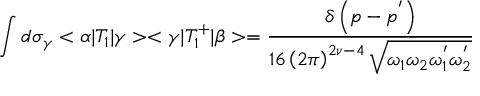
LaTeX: \int d { \sigma } _ { \gamma } < \alpha | T _ { 1 } | \gamma > < \gamma | T _ { 1 } ^ { + } | \beta > = \frac { \delta \left( p - p ^ { ' } \right) } { 1 6 \left( 2 \pi \right) ^ { 2 \nu - 4 } \sqrt { { \omega } _ { 1 } { \omega } _ { 2 } { \omega } _ { 1 } ^ { ' } { \omega } _ { 2 } ^ { ' } } }